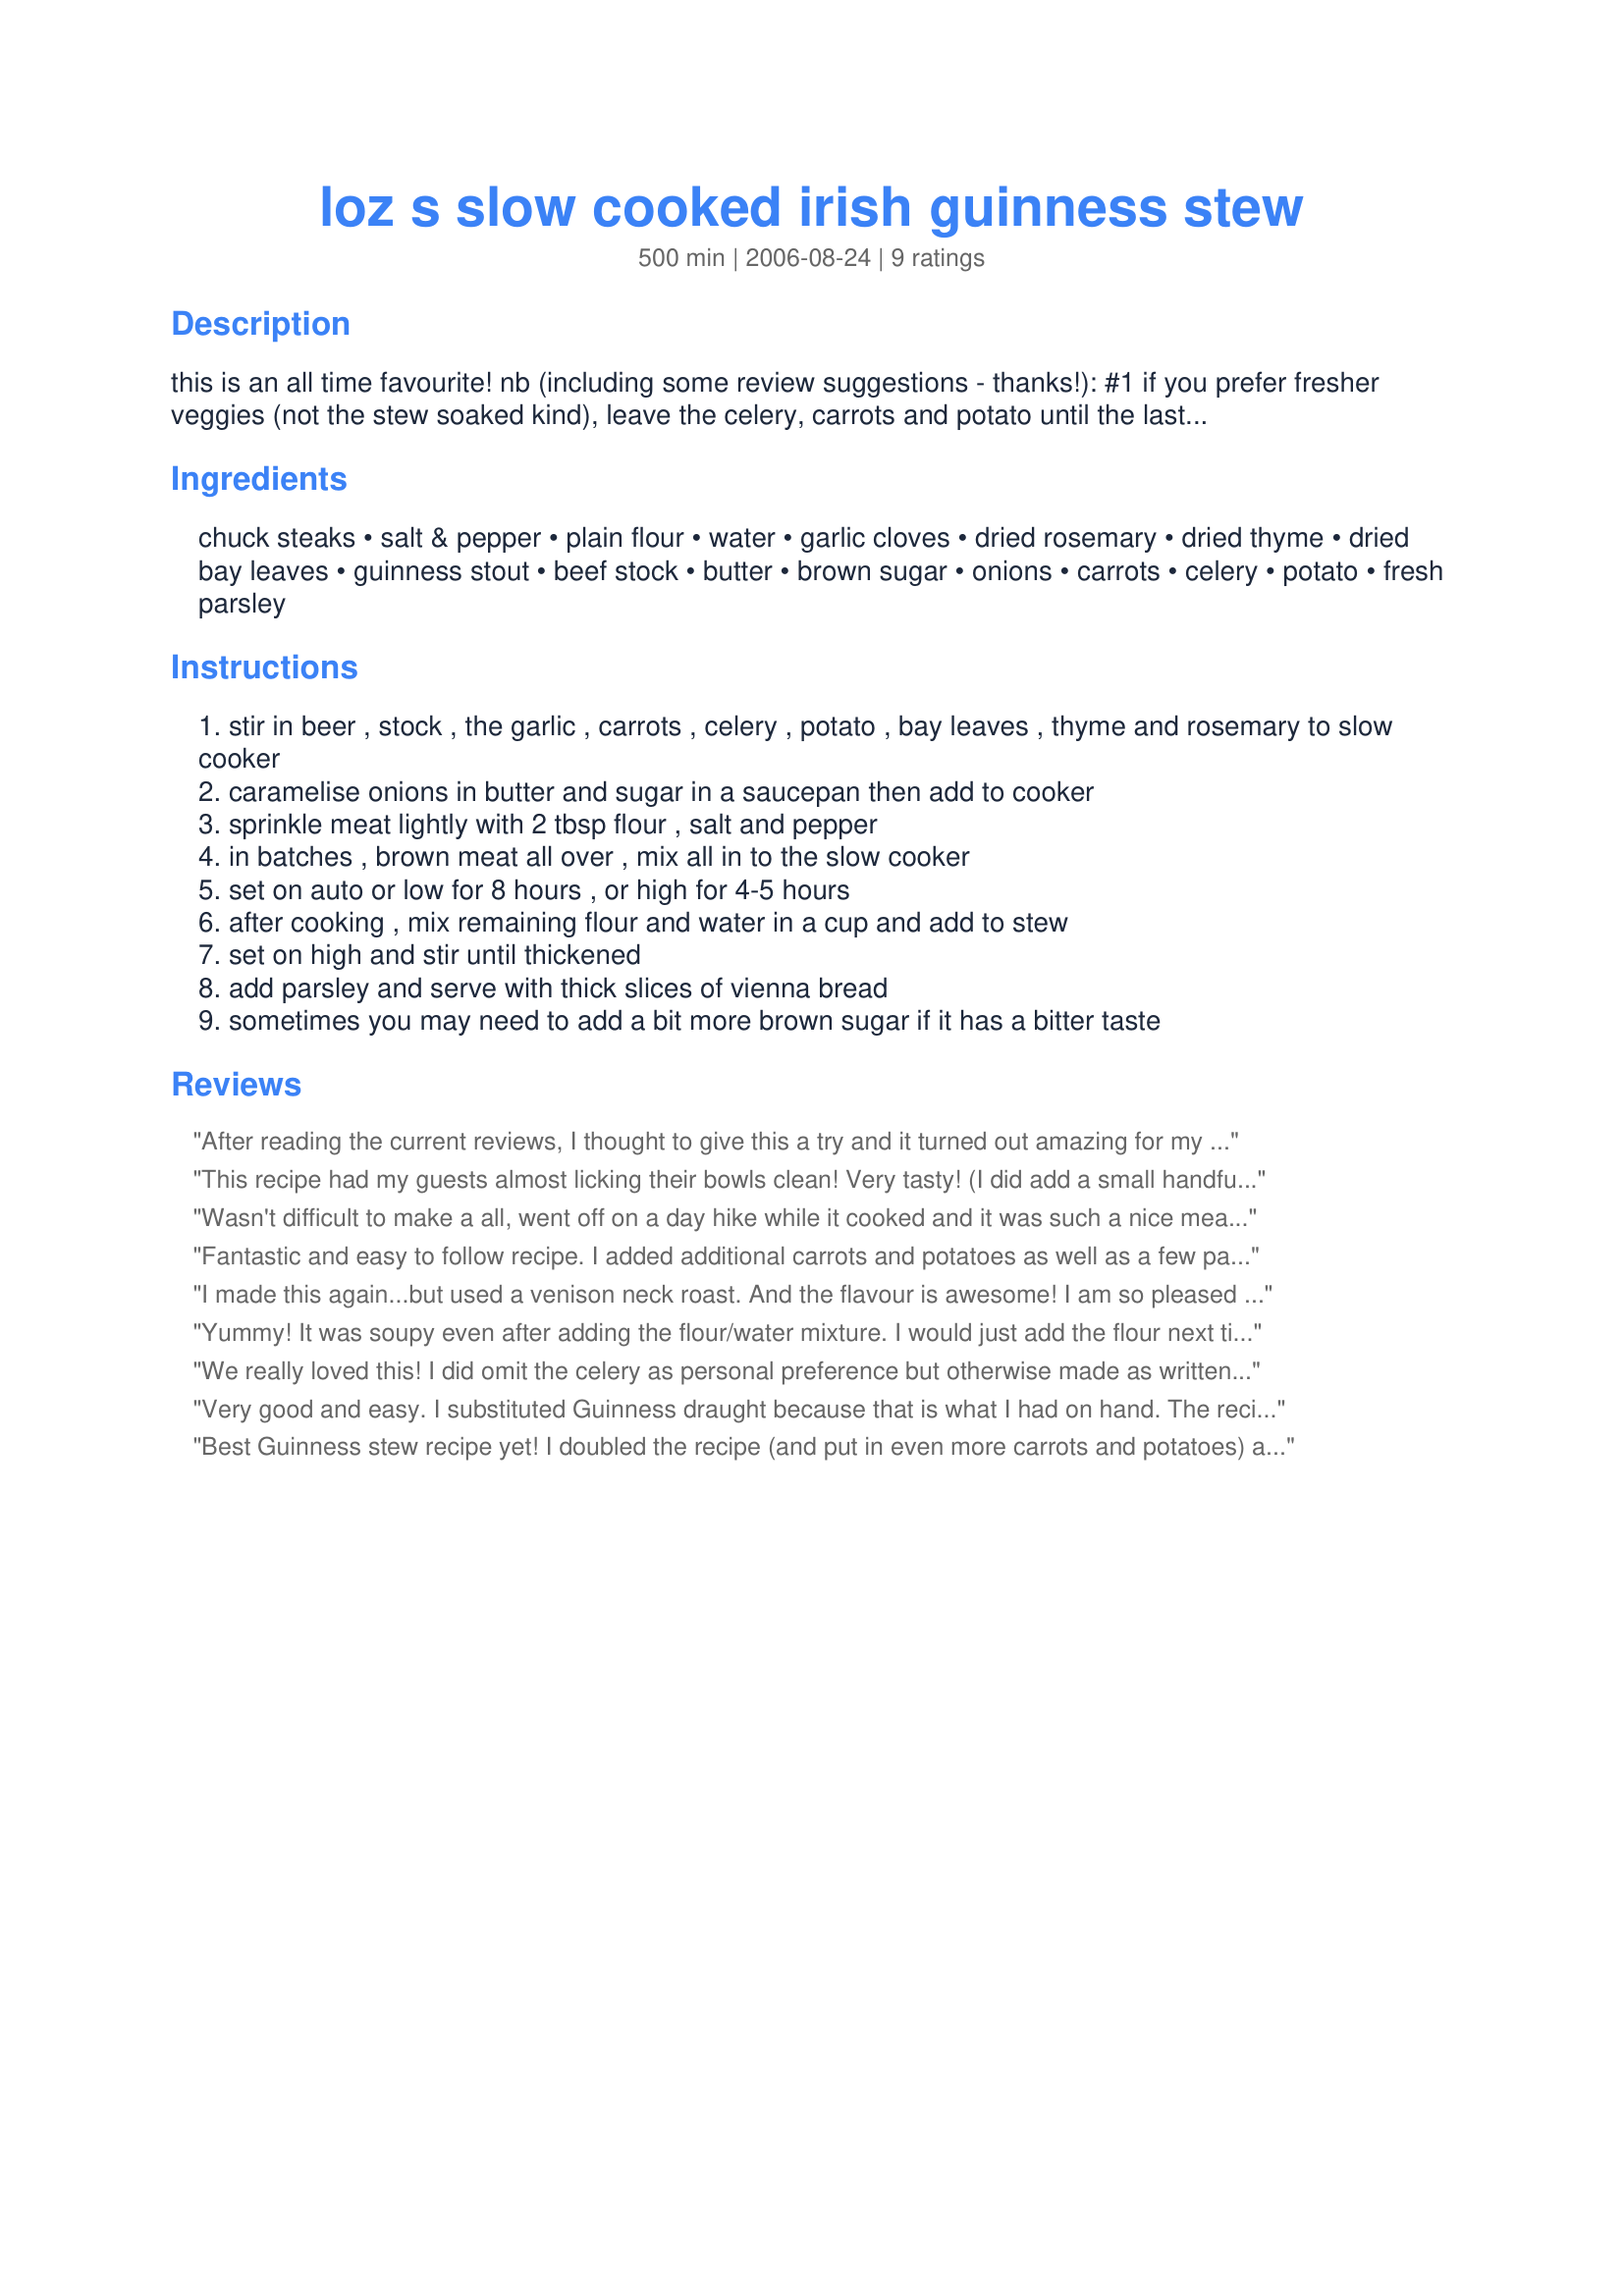
loz s slow cooked irish guinness stew
Preparation time: 500 minutes

this is an all time favourite!

nb (including some review suggestions - thanks!):
#1 if you prefer fresher veggies (not the stew soaked kind), leave the celery, carrots and potato until the last 1.5 hours.
#2 pumpkin and sweet potato are nice in this too. (try not to exceed the level of the liquid)
#3 as a poster suggested: throw some peas and / or corn kernels in at the end to freshen the stew
#4 dumplings can be added
#5 leave out the potatoes and serve on a bed of mash - fab idea thanks! :)
#6 making a roux to thicken is also a good idea!
#7 enjoy!!! :)

Ingredients:
chuck steaks, salt & pepper, plain flour, water, garlic cloves, dried rosemary, dried thyme, dried bay leaves, guinness stout, beef stock, butter, brown sugar, onions, carrots, celery, potato, fresh parsley

Steps:
stir in beer , stock , the garlic , carrots , celery , potato , bay leaves , thyme and rosemary to slow cooker
caramelise onions in butter and sugar in a saucepan then add to cooker
sprinkle meat lightly with 2 tbsp flour , salt and pepper
in batches , brown meat all over , mix all in to the slow cooker
set on auto or low for 8 hours , or high for 4-5 hours
after cooking , mix remaining flour and water in a cup and add to stew
set on high and stir until thickened
add parsley and serve with thick slices of vienna bread
sometimes you may need to add a bit more brown sugar if it has a bitter taste

Reviews:
After reading the current reviews, I thought to give this a try and it turned out amazing for my first shot! Very tasty! Great recipe I will make again and again! Thanks for the tips everyone!
This recipe had my guests almost licking their bowls clean! Very tasty! (I did add a small handful of frozen peas at the end for a little brightness.)
Wasn't difficult to make a all, went off on a day hike while it cooked and it was such a nice meal to have when returning. Will definitely make this one again in the future.
Fantastic and easy to follow recipe. I added additional carrots and potatoes as well as a few parsnips. I omitted the thyme, bay leaf and parsley as I did not have them on hand. One tablespoon of fresh rosemary was sufficient. I used the pan that I had carmelized the onions in to sear the floured lamb. My one significant change was the thickening process. I removed 2 cups of liquid about 30 minutes before I was ready to serve. I melted 4 tbsp of butter in a saute pan and added 1/4 cup of flour to make a roux. I slowly added the 2 cups of reserved liquid and cooked until desired consistency. I then added the thickened liquid back to the crock pot and let it cook an additional 30 minutes. The family raved and it had a nice broth, not too thick but not thin like soup.
I made this again...but used a venison neck roast. And the flavour is awesome! I am so pleased to have found this recipe. Again...thank you for posting.
Yummy! It was soupy even after adding the flour/water mixture. I would just add the flour next time. I used a pork tenderloin instead of beef. I added a sweet potato also.
We really loved this! I did omit the celery as personal preference but otherwise made as written. The only problem I had was that my slow cooker was just a tad too small for all of the liquid (I think it&#039;s a 4 quart?) and while it looked like it would be okay at first, it quickly started spilling over and made a giant mess. I transferred everything to a stock pot and cooked on low for several more hours. It was a bit of a pain but ultimately it turned out great and we had a wonderful dinner! Thanks for posting!
Very good and easy. I substituted Guinness draught because that is what I had on hand. The recipe directions state to add thyme but it is not listed in the ingredient list...I guessed and added 1 t. dried thyme. I also added 2 bay leaves. I added some chopped celery with the onions and carrots. I omitted the potato and instead served the stew over mashed potatoes. I could detect the taste of flour in the stew so next time I will make a roux rather than just adding flour. Great recipe!
Best Guinness stew recipe yet! I doubled the recipe (and put in even more carrots and potatoes) and used a large bottle of Guinness extra stout - do not use the canned Guinness (with the CO2 widget) it does not give the right flavor. Compared to other recipes that don't include the sugar or beef stock but have tomato puree - this one is much heartier.
